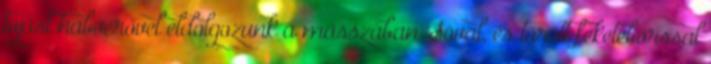
tojást habverővel eldolgozunk a masszában. Sóval, és törött feketeborssal